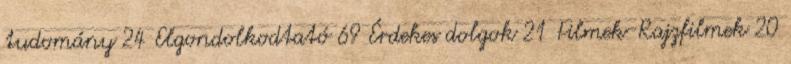
tudomány 24 Elgondolkodtató 69 Érdekes dolgok 21 Filmek-Rajzfilmek 20